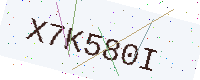
Text: X7K580I